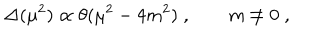
\Delta ( \mu ^ { 2 } ) \propto \theta ( \mu ^ { 2 } - 4 m ^ { 2 } ) \; , \qquad m \ne 0 \; ,